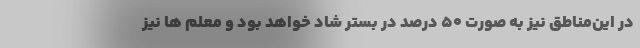
در این‌مناطق نیز به صورت ۵۰ درصد در بستر شاد خواهد بود و معلم ها نیز